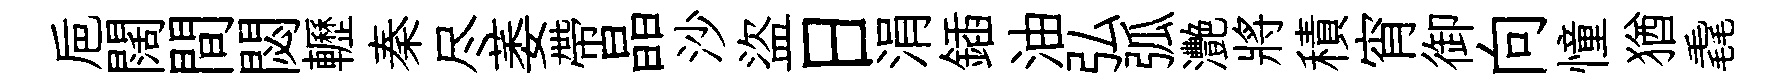
巵闊間閟轣秦尽萎帶晶沙盜日涓鍤油弘弧灧將積宵御向憧猶毳